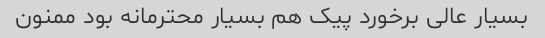
بسیار عالی برخورد پیک هم بسیار محترمانه بود ممنون